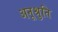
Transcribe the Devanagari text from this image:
अनूश्रुति